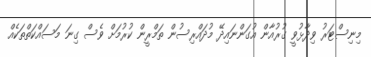
މިނިސްޓަރު ވިދާޅުވީ ގުރުއާން އުގަންނައިދޭ މުދައްރިސުން ތަމްރީން ކުރުމަށް ވެސް ގިނަ މަސައްކަތްތަކެއް